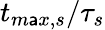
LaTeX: {{t}_{m\mathsf{a}x,s}}/{\tau_{s}}